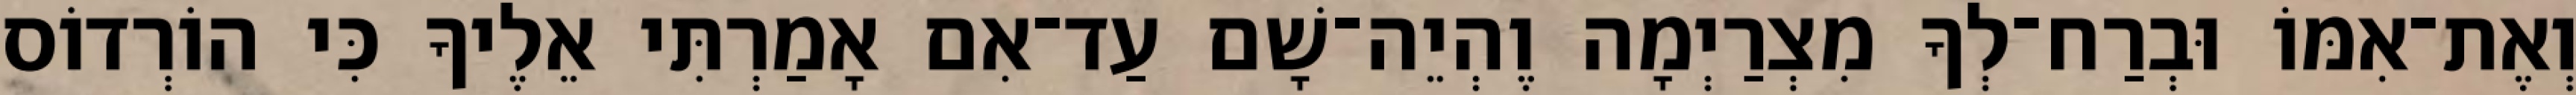
וְאֶת־אִמּוֹ וּבְרַח־לְךָ מִצְרַיְמָה וֶהְיֵה־שָׁם עַד־אִם אָמַרְתִּי אֵלֶיךָ כִּי הוֹרְדוֹס